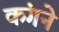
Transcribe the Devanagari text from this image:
कंगने